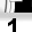
Digit: 1